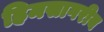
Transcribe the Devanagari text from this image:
हिमसागरीय